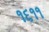
૧૬૧૧